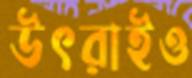
উৎরাইও